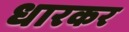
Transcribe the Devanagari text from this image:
धारकर